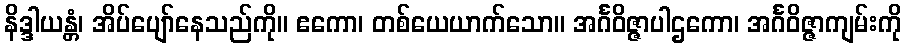
နိဒ္ဒါယန္တံ၊ အိပ်ပျော်နေသည်ကို။ ဧကော၊ တစ်ယေယာက်သော။ အင်္ဂဝိဇ္ဇာပါဌကော၊ အင်္ဂဝိဇ္ဇာကျမ်းကို